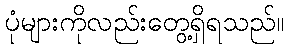
ပုံများကိုလည်းတွေ့ရှိရသည်။